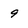
Character: 9